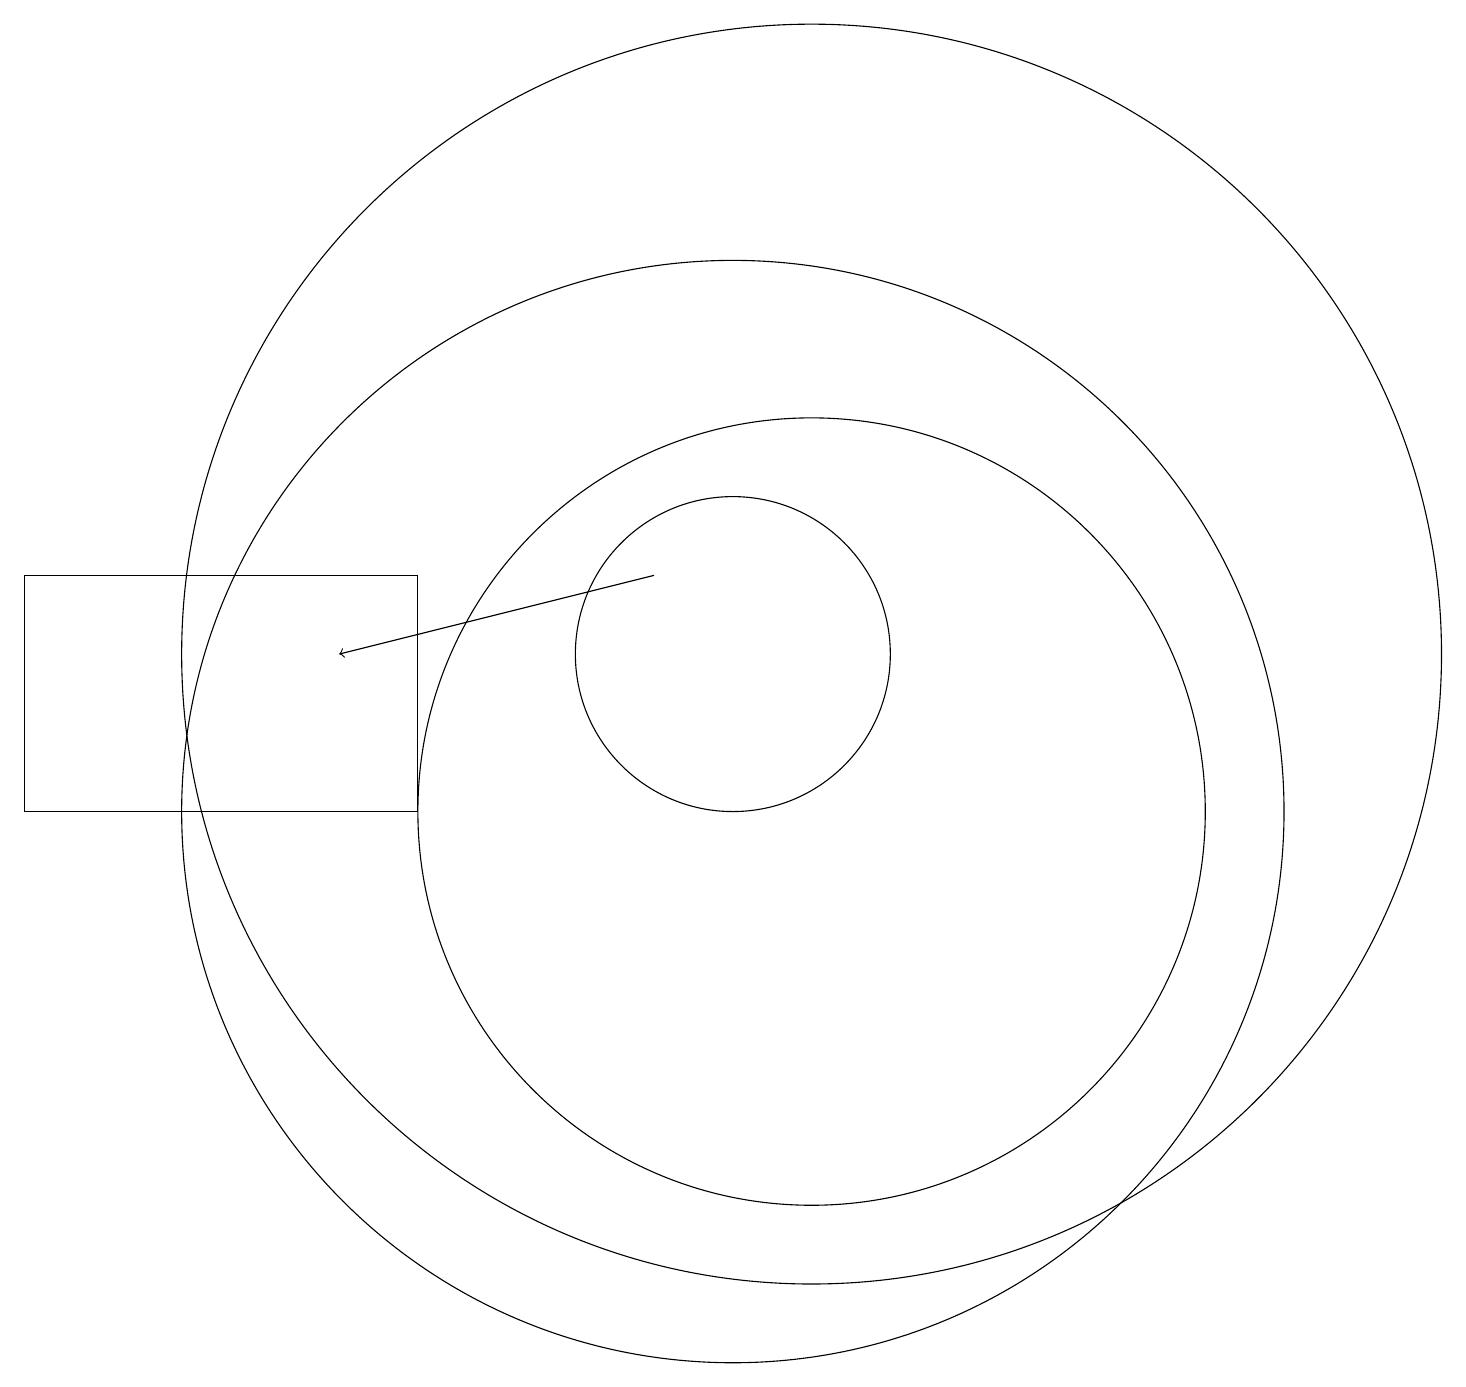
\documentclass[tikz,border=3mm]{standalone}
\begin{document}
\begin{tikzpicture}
\draw (11,10) circle (5);
\draw (12,11) circle (0);
\draw (10,12) circle (2);
\draw[->] (9,13) -- (5,12);
\draw (11,12) circle (8);
\draw (6,13) rectangle (1,10);
\draw (10,10) circle (7);
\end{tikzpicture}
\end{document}